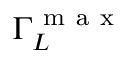
\Gamma _ { L } ^ { \mathrm { ~ m ~ a ~ x ~ } }